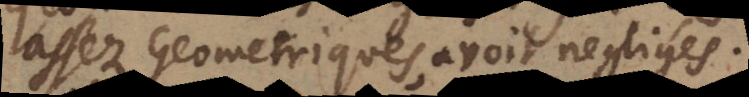
assez Geometriques, avoit negligés.